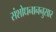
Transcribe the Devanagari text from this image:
संशोधनाननुसार